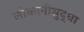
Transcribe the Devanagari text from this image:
लोकांनीसुद्धा